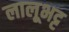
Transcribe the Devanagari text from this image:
लालूभट्ट